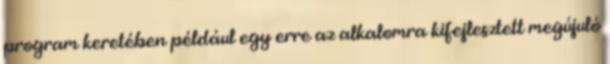
program keretében például egy erre az alkalomra kifejlesztett megújuló